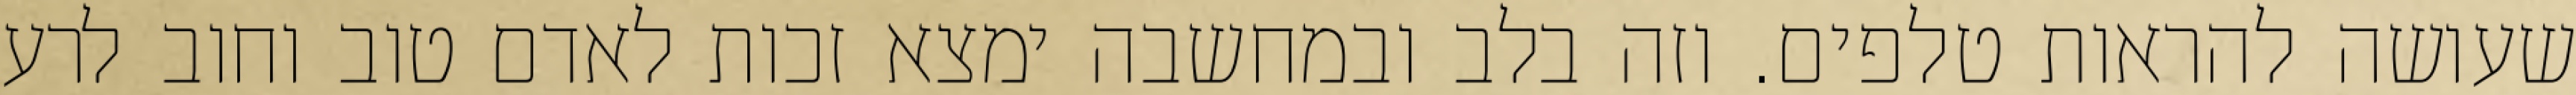
שעושה להראות טלפים. וזה בלב ובמחשבה ימצא זכות לאדם טוב וחוב לרע